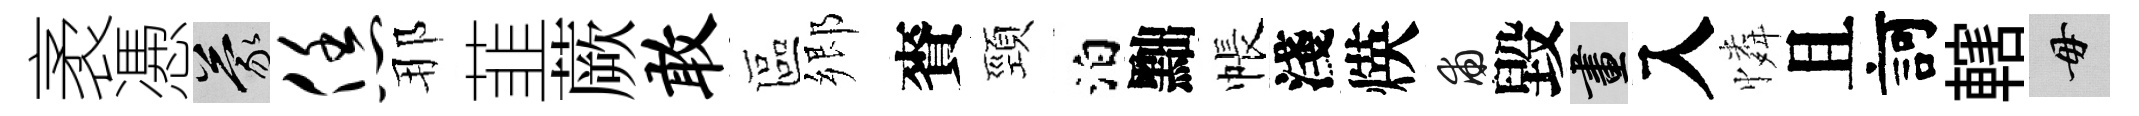
袤慿蒙恁那韮蕨敢區郷賚頸泊黜帳淺煐甫毀畫入憐且訶轄毋